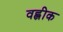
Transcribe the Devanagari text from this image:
वह्लीक